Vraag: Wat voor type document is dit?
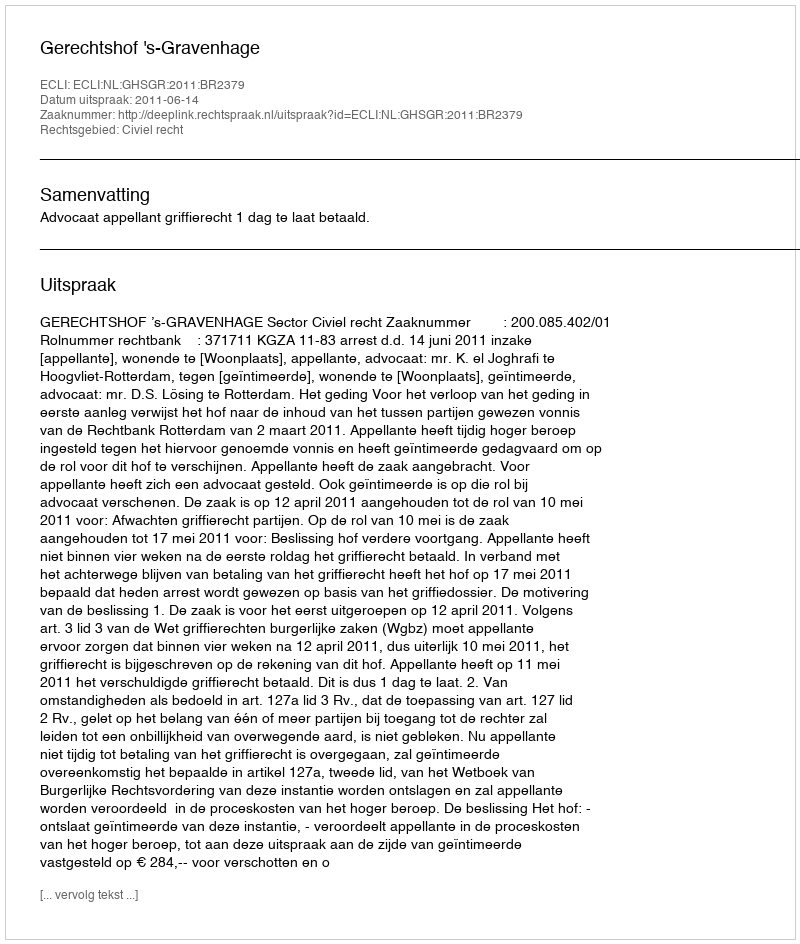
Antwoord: Uitspraak